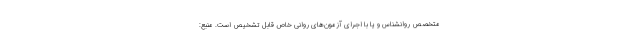
متخصص روانشناس و یا با اجرای آزمون‌های روانی خاص قابل تشخیص است. منبع: